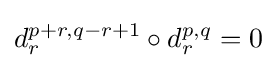
d_{r}^{p+r,q-r+1}\circ d_{r}^{p,q}=0